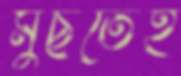
মুছতেই